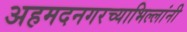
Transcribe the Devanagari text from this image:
अहमदनगरच्याभिल्लांनी